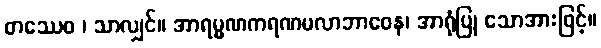
တဿေဝ ၊ သာလျှင်။ အာရမ္မဏကရဏမလာဘာဝေန၊ အာရုံပြု သောအားဖြင့်။